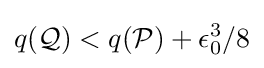
q({\mathcal {Q}})<q({\mathcal {P}})+\epsilon _{0}^{3}/8